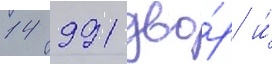
14 991 дво́р и́